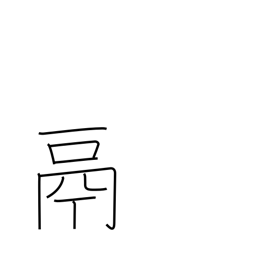
Meaning: tripod